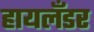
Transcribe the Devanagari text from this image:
हायलँडर